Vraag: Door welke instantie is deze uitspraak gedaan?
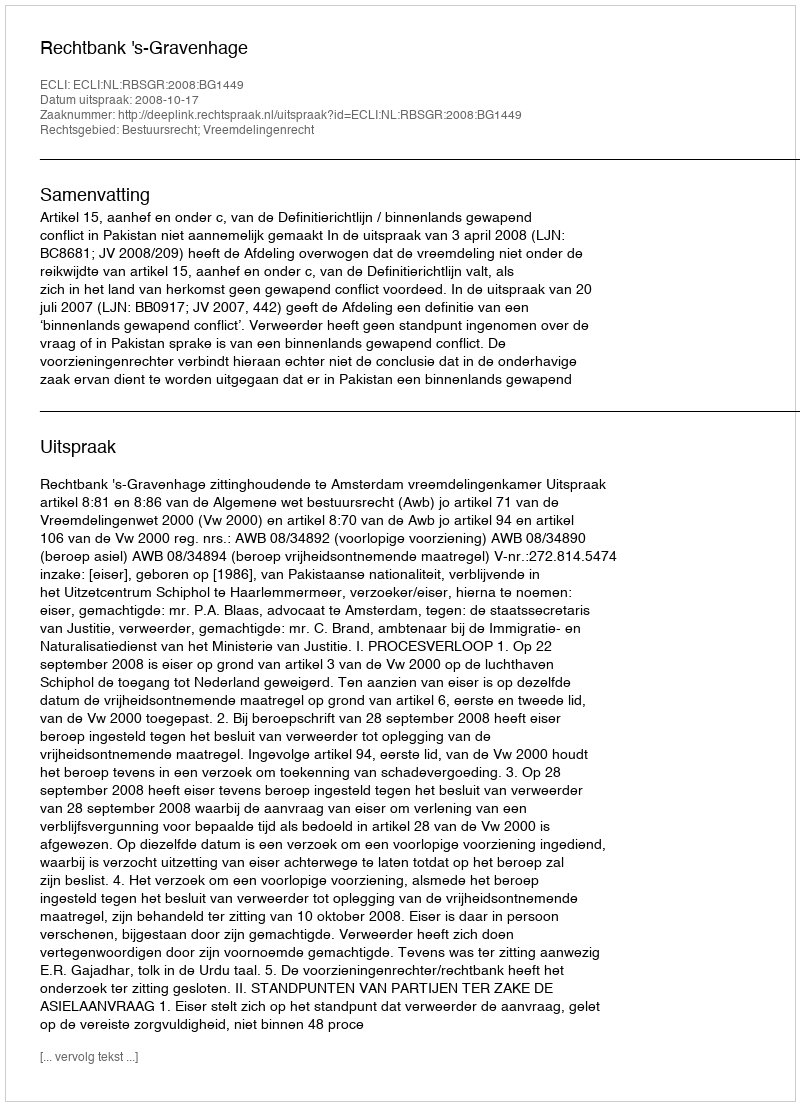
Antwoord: Rechtbank 's-Gravenhage